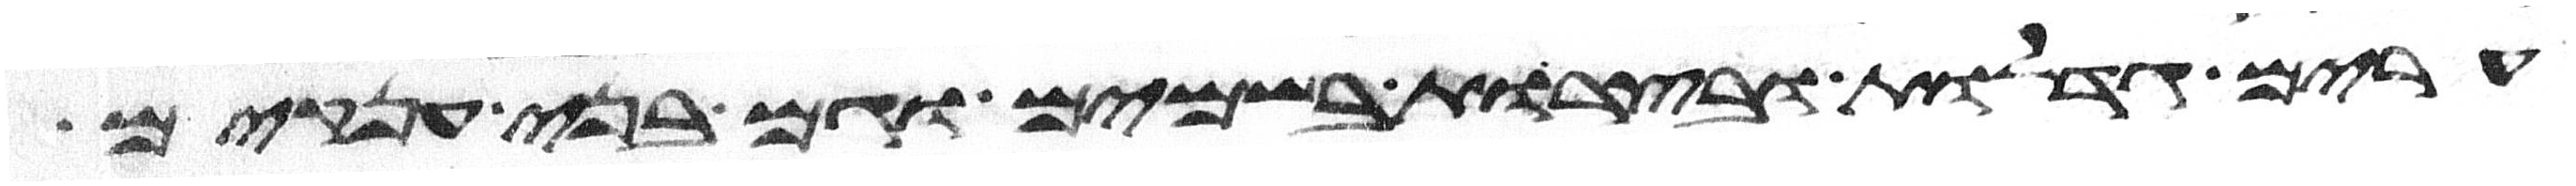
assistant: ערים גדלות ובצרות בשמים וגם בני ענקים